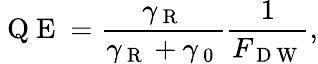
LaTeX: \mathrm{~Q~E~}=\frac{\gamma_{\mathrm{~R~}}}{\gamma_{\mathrm{~R~}}+\gamma_{\mathrm{~0~}}}\frac{1}{F_{\mathrm{~D~W~}}},